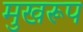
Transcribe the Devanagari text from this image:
मुखरूप